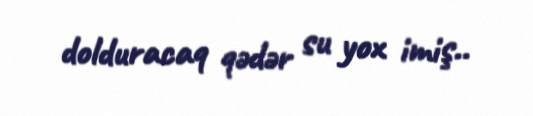
dolduracaq qədər su yox imiş..